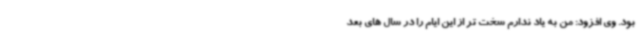
بود. وی افزود: من به یاد ندارم سخت ‌تر از این ایام را در سال های بعد